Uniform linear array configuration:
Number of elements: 8
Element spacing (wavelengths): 0.5
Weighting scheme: hann
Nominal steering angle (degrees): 45
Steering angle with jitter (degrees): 45.759
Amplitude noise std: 0.05
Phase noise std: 0.05

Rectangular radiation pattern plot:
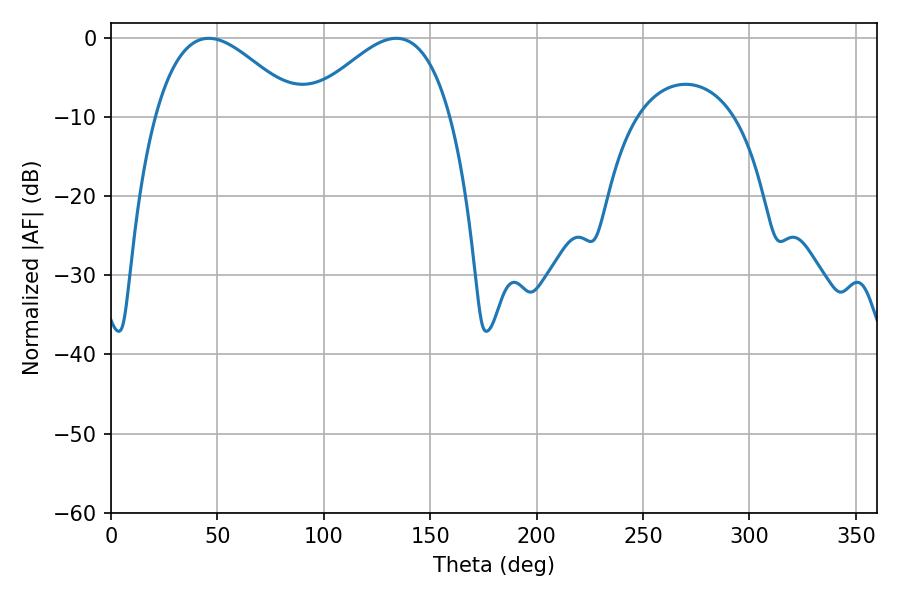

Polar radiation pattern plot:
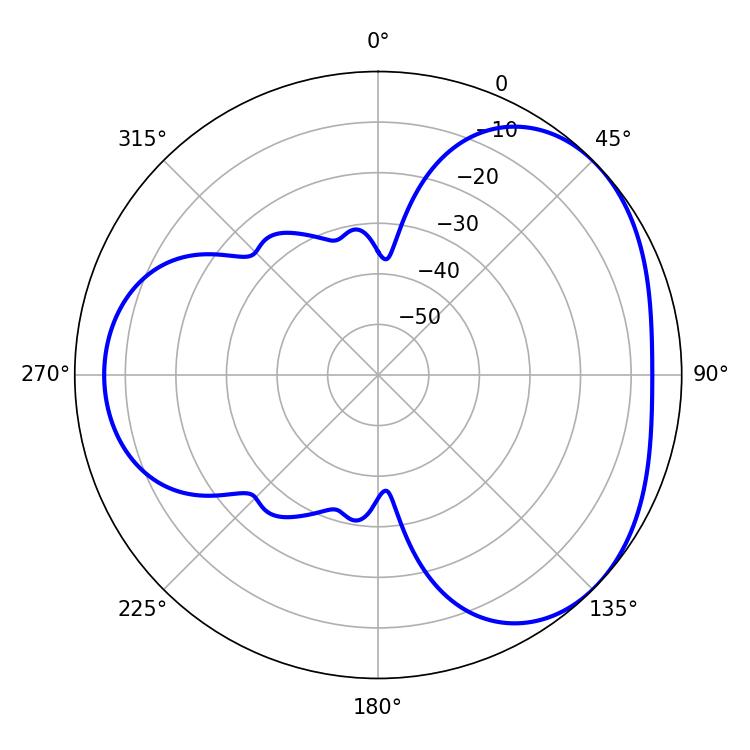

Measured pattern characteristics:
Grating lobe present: FALSE
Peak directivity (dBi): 3.534
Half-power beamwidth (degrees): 36.72
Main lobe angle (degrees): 45.9